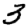
Digit: 3